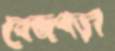
বেজপড়া